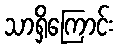
သာရှိကြောင်း